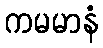
ကမမာနံ